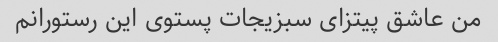
من عاشق پیتزای سبزیجات پستوی این رستورانم